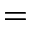
=